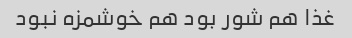
غذا هم شور بود هم خوشمزه نبود